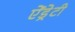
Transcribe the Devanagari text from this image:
ऐंड्रेटी